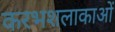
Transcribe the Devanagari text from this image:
करभशलाकाओं